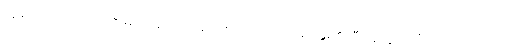
လွန်ကဲသော တေဇောဓာတ်ရှိသော။ ဥဏှောဒကဿ၊ ရေနွေး၏ (မီးအကူအညီပါသောကြောင့်